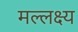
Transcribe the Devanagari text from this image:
मल्लक्ष्य